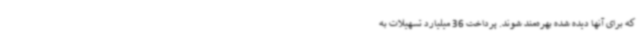
که برای آنها دیده شده بهره‌مند شوند. پرداخت 36 میلیارد تسهیلات به